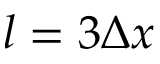
l = 3 \Delta x